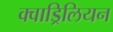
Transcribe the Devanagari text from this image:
क्वाड्रिलियन